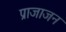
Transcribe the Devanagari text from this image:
प्राजाजन